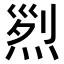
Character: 𤉩